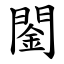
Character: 䦦